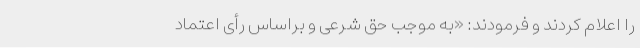
را اعلام‌ کردند و فرمودند: «به‌ موجب‌ حق‌ شرعی‌ و براساس‌ رأی‌ اعتماد